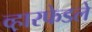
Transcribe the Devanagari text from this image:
व्ह़ारफेडले